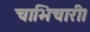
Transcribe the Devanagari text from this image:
चाभिचारी।